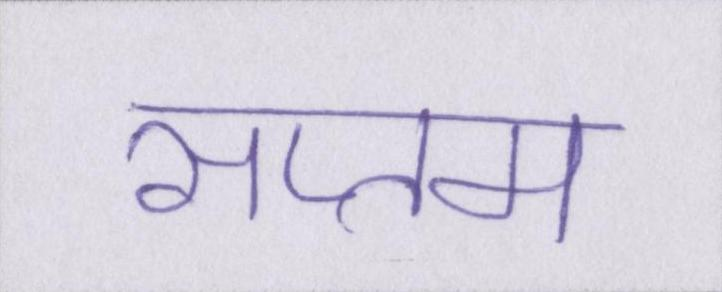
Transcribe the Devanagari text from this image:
सप्तम